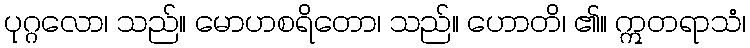
ပုဂ္ဂလော၊ သည်။ မောဟစရိတော၊ သည်။ ဟောတိ၊ ၏။ ဣတရာသံ၊